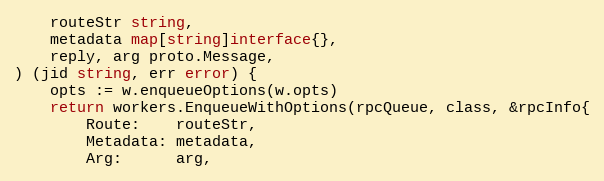
Language: Go
	routeStr string,
	metadata map[string]interface{},
	reply, arg proto.Message,
) (jid string, err error) {
	opts := w.enqueueOptions(w.opts)
	return workers.EnqueueWithOptions(rpcQueue, class, &rpcInfo{
		Route:    routeStr,
		Metadata: metadata,
		Arg:      arg,